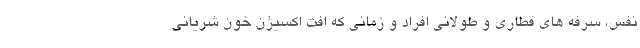
نفس، سرفه های قطاری و طولانی افراد و زمانی که افت اکسیژن خون شریانی